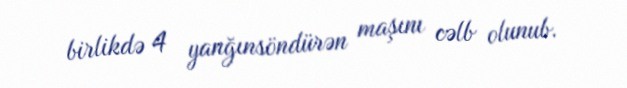
birlikdə 4 yanğınsöndürən maşını cəlb olunub.